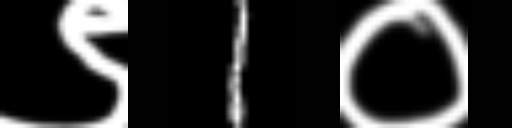
Text: ९1०